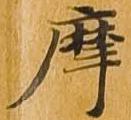
摩